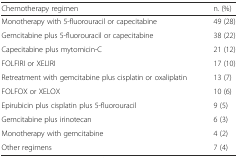
<table><thead><tr><td><b>Chemotherapy regimen</b></td><td><b>n. (%)</b></td></tr></thead><tbody><tr><td>Monotherapy with 5-fluorouracil or capecitabine</td><td>49 (28)</td></tr><tr><td>Gemcitabine plus 5-fluorouracil or capecitabine</td><td>38 (22)</td></tr><tr><td>Capecitabine plus mytomicin-C</td><td>21 (12)</td></tr><tr><td>FOLFIRI or XELIRI</td><td>17 (10)</td></tr><tr><td>Retreatment with gemcitabine plus cisplatin or oxaliplatin</td><td>13 (7)</td></tr><tr><td>FOLFOX or XELOX</td><td>10 (6)</td></tr><tr><td>Epirubicin plus cisplatin plus 5-fluorouracil</td><td>9 (5)</td></tr><tr><td>Gemcitabine plus irinotecan</td><td>6 (3)</td></tr><tr><td>Monotherapy with gemcitabine</td><td>4 (2)</td></tr><tr><td>Other regimens</td><td>7 (4)</td></tr></tbody></table>